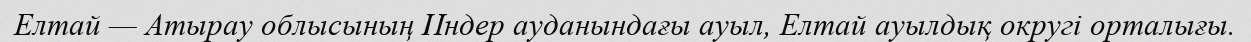
Елтай — Атырау облысының Индер ауданындағы ауыл, Елтай ауылдық округі орталығы.